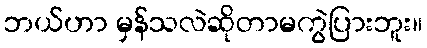
ဘယ်ဟာ မှန်သလဲဆိုတာမကွဲပြားဘူး။